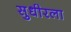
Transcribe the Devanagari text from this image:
सुधीरला